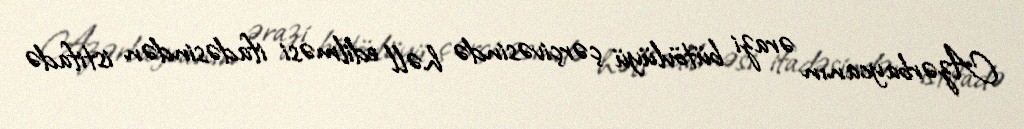
Azərbaycanın ərazi bütövlüyü çərçivəsində həll edilməsi ifadəsindən istifadə